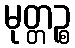
မုတ္တဉ္စ